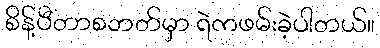
စိန့်ပီတာစဘတ်မှာ ရဲကဖမ်းခဲ့ပါတယ်။